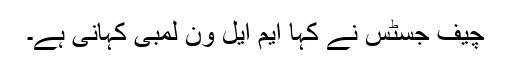
چیف جسٹس نے کہا ایم ایل ون لمبی کہانی ہے۔